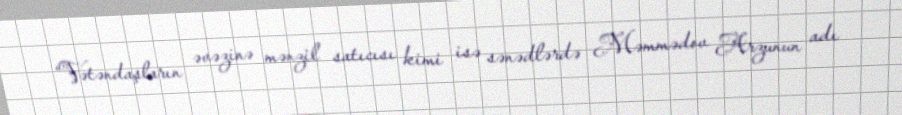
“Vətəndaşların əvəzinə mənzil satıcısı kimi isə sənədlərdə Məmmədov Arzunun adı